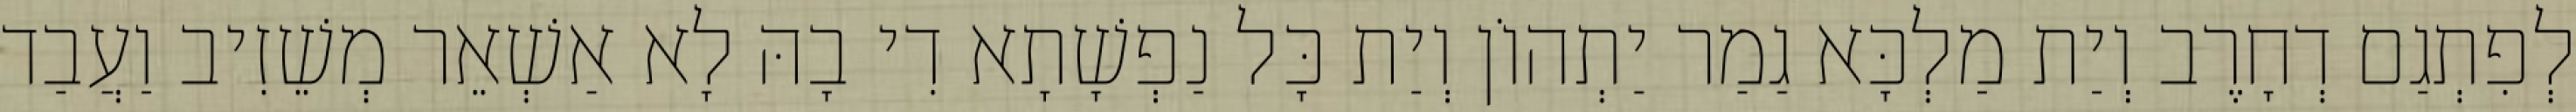
לְפִתְגַם דְחָרֶב וְיַת מַלְכָּא גַמַר יַתְהוֹן וְיַת כָּל נַפְשָׁתָא דִי בָהּ לָא אַשְׁאֵר מְשֵׁזִיב וַעֲבַד